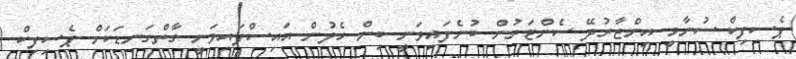
ޕެސިފިކް ސުނާމީ އިންޒާރުދޭ ސެންޓަރުން ބުނެފައިވަނީ ބިން ހެލުން އައިސްފައިވަނީ ގާތްގަނޑަކަށް ޕެސިފިކް